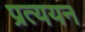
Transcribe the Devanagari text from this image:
प्रत्ययन